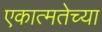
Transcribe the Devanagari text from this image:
एकात्मतेच्या